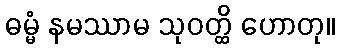
ဓမ္မံ နမဿာမ သုဝတ္ထိ ဟောတု။